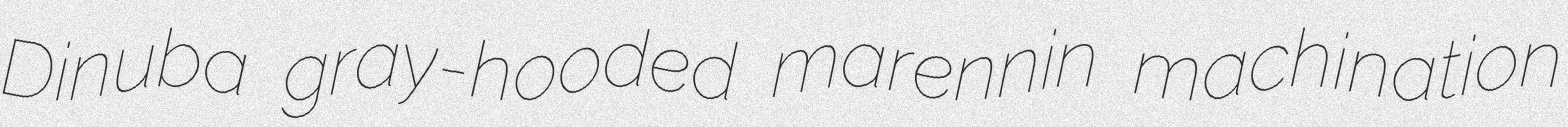
Dinuba gray-hooded marennin machination